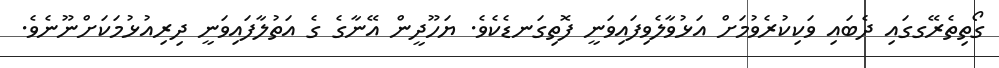
ގޯތިތެރޭގގައި ދެބައި ވަކިކުރެވުމަށް އަޅުވާލެވިފައިވަނީ ފޮތިގަނޑެކެވެ. ޔަހޫދީން އޭނާގެ ގެ އަތުލާފައިވަނީ ދިރިއުޅުމަކަށްނޫނެވެ.